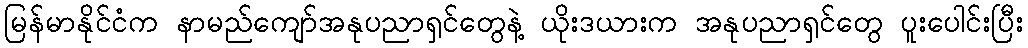
မြန်မာနိုင်ငံက နာမည်ကျော်အနုပညာရှင်တွေနဲ့ ယိုးဒယားက အနုပညာရှင်တွေ ပူးပေါင်းပြီး